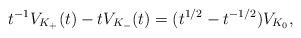
LaTeX: \begin{align*}t^{-1} V_{K_+}(t) - t V_{K_-}(t) = (t^{1/2} - t^{-1/2}) V_{K_0},\end{align*}